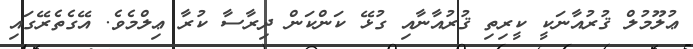
ޢުލޫމުލް ޤުރުއާނަކީ ކީރިތި ޤުރުއާނާއި ގުޅޭ ކަންކަން ދިރާސާ ކުރާ ޢިލްމެވެ. އޭގެތެރޭގައި